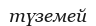
түземей